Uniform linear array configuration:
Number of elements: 24
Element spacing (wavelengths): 0.25
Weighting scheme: exponential
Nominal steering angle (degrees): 30
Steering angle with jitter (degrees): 31.255
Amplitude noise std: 0.05
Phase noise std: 0.05

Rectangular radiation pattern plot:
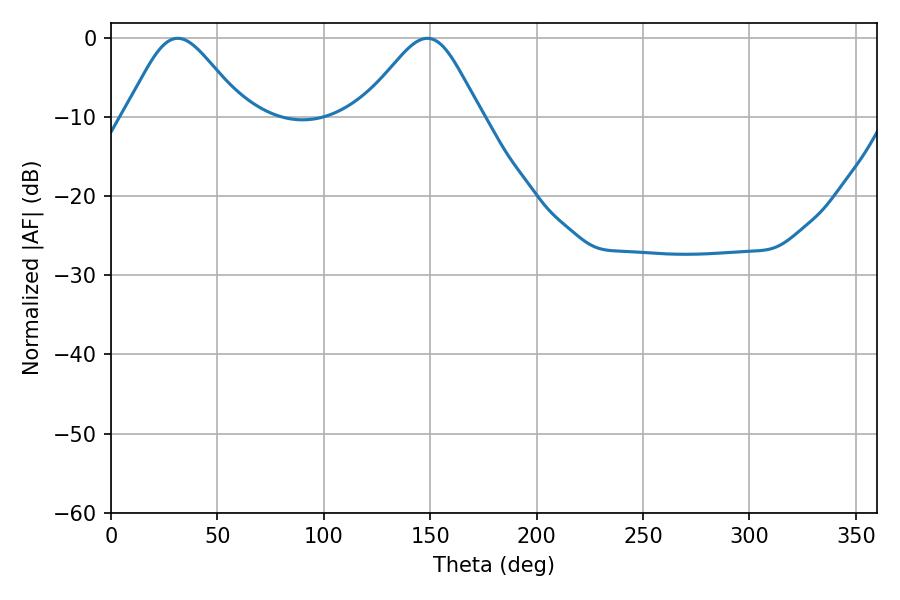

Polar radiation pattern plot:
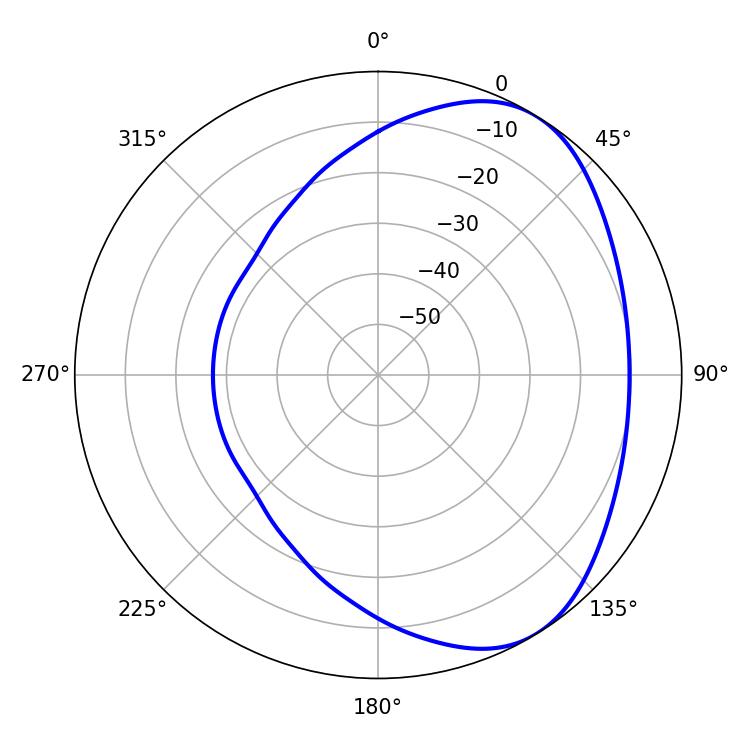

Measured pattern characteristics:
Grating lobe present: FALSE
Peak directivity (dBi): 4.691
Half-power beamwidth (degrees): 27.72
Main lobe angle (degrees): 31.32